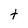
Character: t